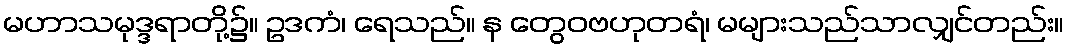
မဟာသမုဒ္ဒရာတို့၌။ ဥဒကံ၊ ရေသည်။ န တွေဝဗဟုတရံ၊ မများသည်သာလျှင်တည်း။